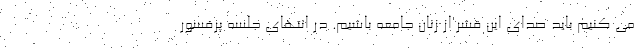
می کنیم باید صدای این قشر از زنان جامعه باشیم. در انتهای جلسه پرفسور